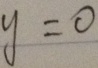
y = 0